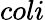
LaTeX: coli